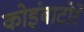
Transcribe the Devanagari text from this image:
कोइंबाटोरे